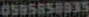
0595858935